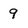
Character: 9